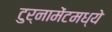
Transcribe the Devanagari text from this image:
टुर्नामेंटमध्ये